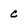
Character: c